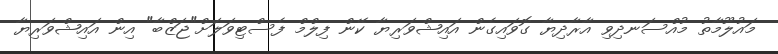
މައުލޫމާތު މުއްސަނދިވި އާރާދިޔާ ގޮވައިގެން އައިޝްވަރިޔާ ކޭން ފިލްމް ފެސްޓިވަލަށް"ޖަޒްބާ" އިން އައިޝްވަރިޔާ